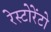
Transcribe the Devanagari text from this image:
रेस्‍टोरेंटो